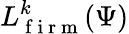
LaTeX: {L}_{\mathrm{~f~i~r~m~}}^{k}(\Psi)